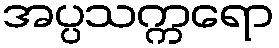
အပ္ပသက္ကရော